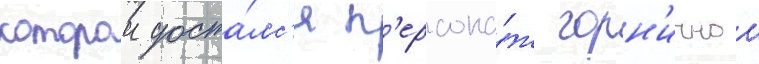
которои доста́лс'я п'ерсона́ж горн'ичнои